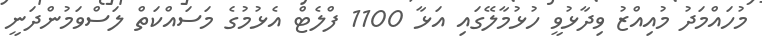
މުހައްމަދު މުއިއްޒު ވިދާޅުވީ ހުޅުމާލޭގައި އަޅާ 1100 ފްލެޓް އެޅުމުގެ މަސައްކަތް ލަސްވަމުންދަނީ